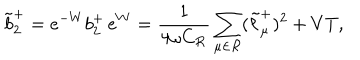
\tilde { b } _ { 2 } ^ { + } = e ^ { - W } b _ { 2 } ^ { + } \, e ^ { W } = { \frac { 1 } { 4 \omega C _ { \cal R } } } \sum _ { \mu \in { \cal R } } ( \tilde { \ell } _ { \mu } ^ { + } ) ^ { 2 } + V T ,